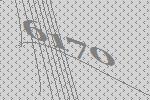
6170